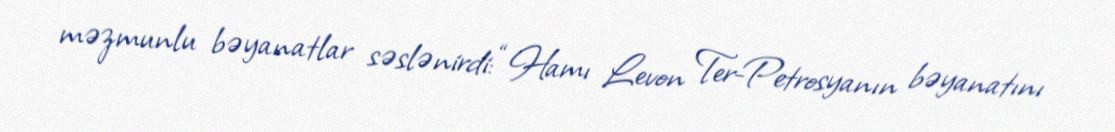
məzmunlu bəyanatlar səslənirdi: “Hamı Levon Ter-Petrosyanın bəyanatını